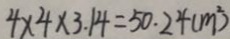
4 \times 4 \times 3 . 1 4 = 5 0 . 2 4 ( m ^ { 2 } )